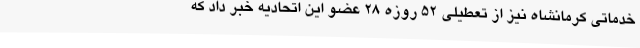
خدماتی کرمانشاه نیز از تعطیلی 52 روزه 28 عضو این اتحادیه خبر داد که